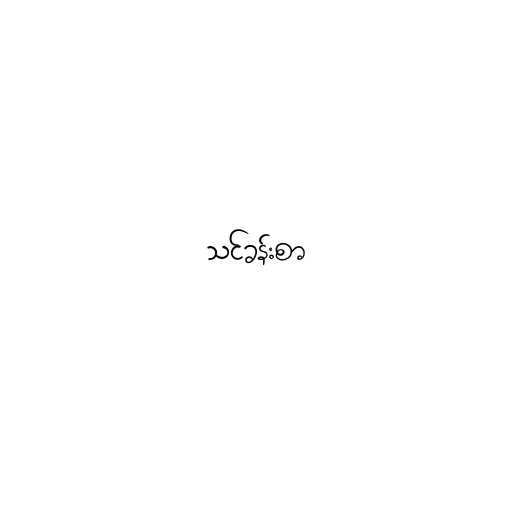
သင်ခန်းစာ